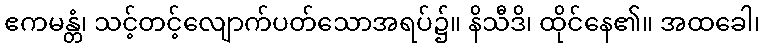
ဧကမန္တံ၊ သင့်တင့်လျောက်ပတ်သောအရပ်၌။ နိသီဒိ၊ ထိုင်နေ၏။ အထခေါ၊